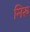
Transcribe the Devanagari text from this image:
निरु